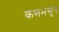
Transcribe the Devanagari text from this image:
कणभसूत्र